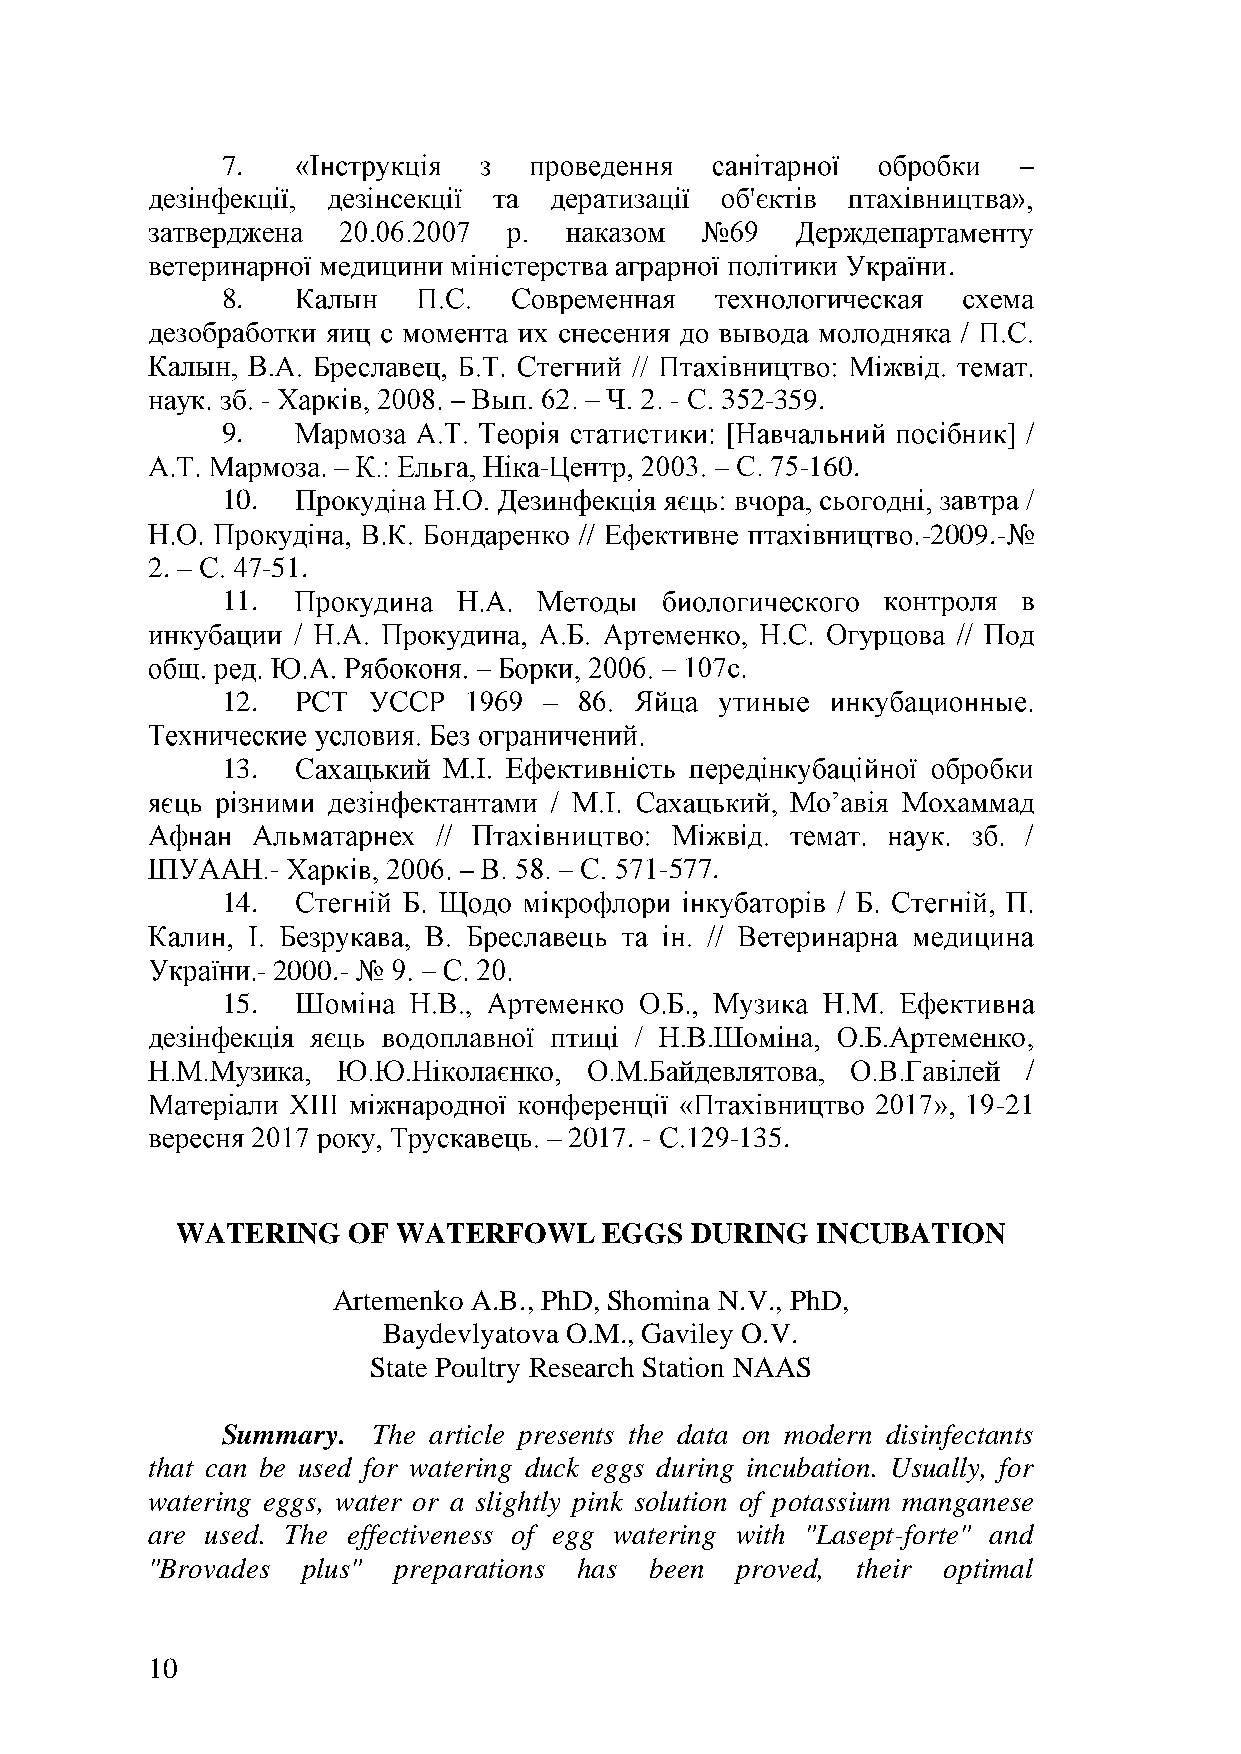
7.
 .
 8.
 -                          -      -359.
 9.
 -                -160.
 10.
 -2009.-
 2.     -51.
 11.
 12.
 13.
 -                         -577.
 14.
 - 2000.-
 15.
 -21
 2017. -   -135.
 WATERING   OF WATERFOWL     EGGS  DURING  INCUBATION
 Artemenko A.B., PhD, Shomina N.V., PhD,
 Baydevlyatova O.M., Gaviley O.V.
 State Poultry Research Station NAAS
 Summary.  The article presents the data on modern disinfectants
 that can be used for watering duck eggs during incubation. Usually, for
 watering eggs, water or a slightly pink solution of potassium manganese
 are used. The effectiveness of egg watering with "Lasept-forte" and
 "Brovades plus" preparations has been  proved, their optimal
 10